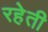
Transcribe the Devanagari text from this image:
रहेती